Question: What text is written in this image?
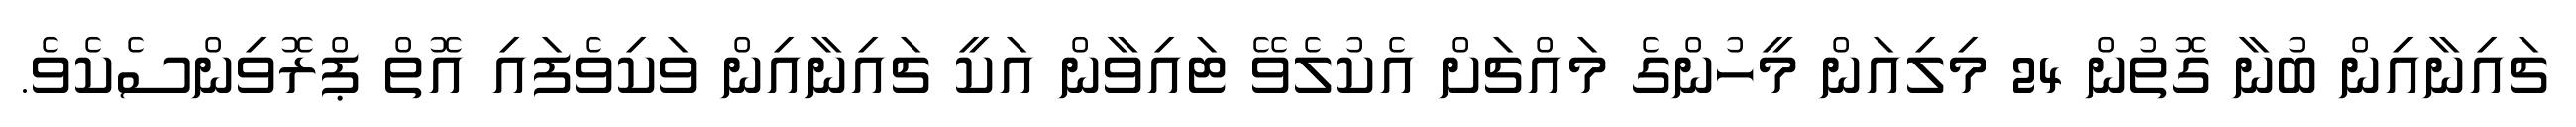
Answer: ޗައިނާއިން ބުނާ ގޮތުން 24 މިލިއަން މީހުންގެ މައްޗަށް އެކުލެވޭ ޓައިވާން އަކީ ޗައިނާއިން ވަކިވެފައި އޮތް ޕްރޮވިންސެކެވެ.